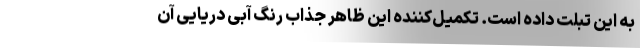
به این تبلت داده است. تکمیل‌کننده این ظاهر جذاب رنگ آبی دریایی آن